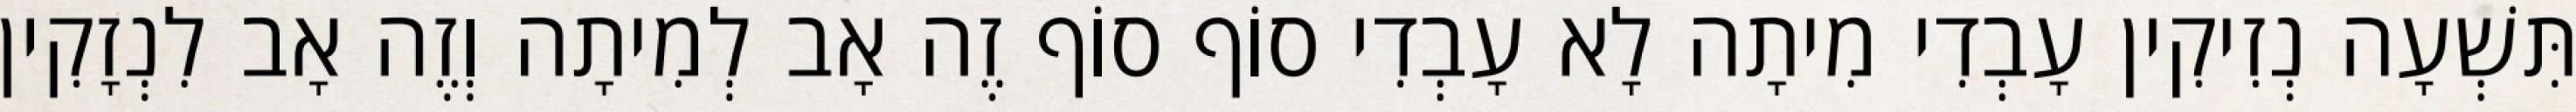
תִּשְׁעָה נְזִיקִין עָבְדִי מִיתָה לָא עָבְדִי סוֹף סוֹף זֶה אָב לְמִיתָה וְזֶה אָב לִנְזָקִין